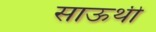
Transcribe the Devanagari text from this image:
साऊथी